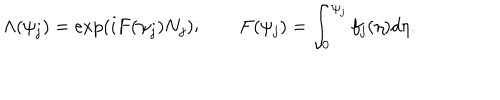
\Lambda ( \psi _ { j } ) = \exp \left( i F ( \psi _ { j } ) N _ { j } \right) ; \qquad F ( \psi _ { j } ) = \int _ { 0 } ^ { \psi _ { j } } f _ { j } ( \eta ) d \eta .